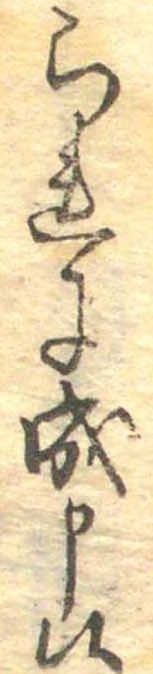
られに成申候